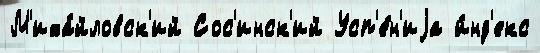
М'иха́йловск'ий Сос'инск'ий Усп'е́н'иjа и́нд'екс